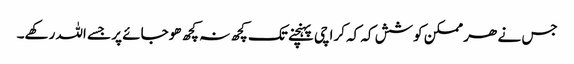
جس نے ھر ممکن کوشش کہ کہ کراچی پہنچنے تک کچھ نہ کچھ ھوجائے پر جسے اللہ رکھے۔